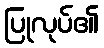
ပြုလုပ်၏